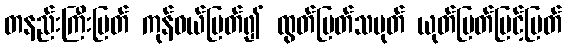
တနည်းကြီးမြတ် ကုန်ဝယ်မြတ်၍ ထွတ်မြတ်သမုတ် ယုတ်မြတ်မြင့်မြတ်